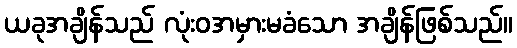
ယခုအချိန်သည် လုံးဝအမှားမခံသော အချိန်ဖြစ်သည်။